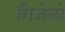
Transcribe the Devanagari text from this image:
गिजेलो